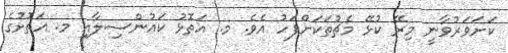
ކަށަވަރުވާނީ މިރޭ ކުޅޭ މެޗުތަކަށްފަހު އެވެ. މ. އަތޮޅު ކައުންސިލާއި މ. އަތޮޅުގެ